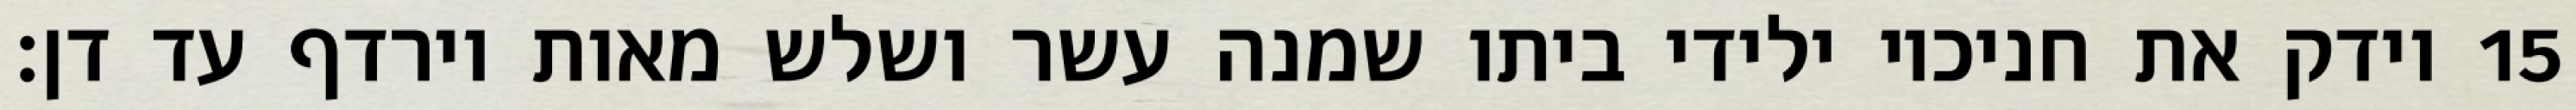
וידק את חניכיו ילידי ביתו שמנה עשר ושלש מאות וירדף עד דן׃ ‎15‏